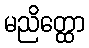
မညိတ္ထော